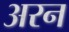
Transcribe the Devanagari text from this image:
अरन